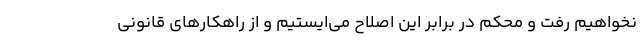
نخواهیم رفت و محکم در برابر این اصلاح می‌ایستیم و از راهکارهای قانونی